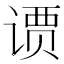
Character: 𫟢